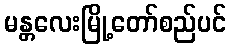
မန္တလေးမြို့တော်စည်ပင်